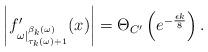
LaTeX: \begin{align*} \left| f_{\omega|_{\tau_k{(\omega)}+1} ^{\beta_k(\omega)}} ' (x) \right| = \Theta_{C'} \left(e^{-\frac{\epsilon k}{8}} \right).\end{align*}